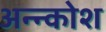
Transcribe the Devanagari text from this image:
अन्‍न्कोश